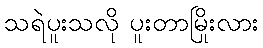
သရဲပူးသလို ပူးတာမြိုးလား